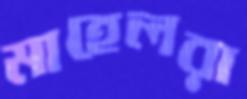
মাহেলরা